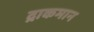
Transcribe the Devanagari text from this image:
द्राकमान